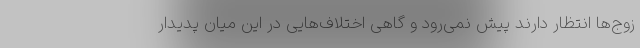
زوج‌ها انتظار دارند پیش نمی‌رود و گاهی اختلاف‌هایی در این میان پدیدار